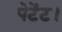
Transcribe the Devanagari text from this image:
पेटेंट।